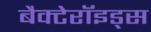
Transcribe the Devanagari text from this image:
बैक्टेरॉइड्स